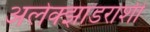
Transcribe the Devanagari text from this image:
अलेक्झांडराशी